Indian journal of veterinary science and animal husbandry - Volume 3,
Year: 1933
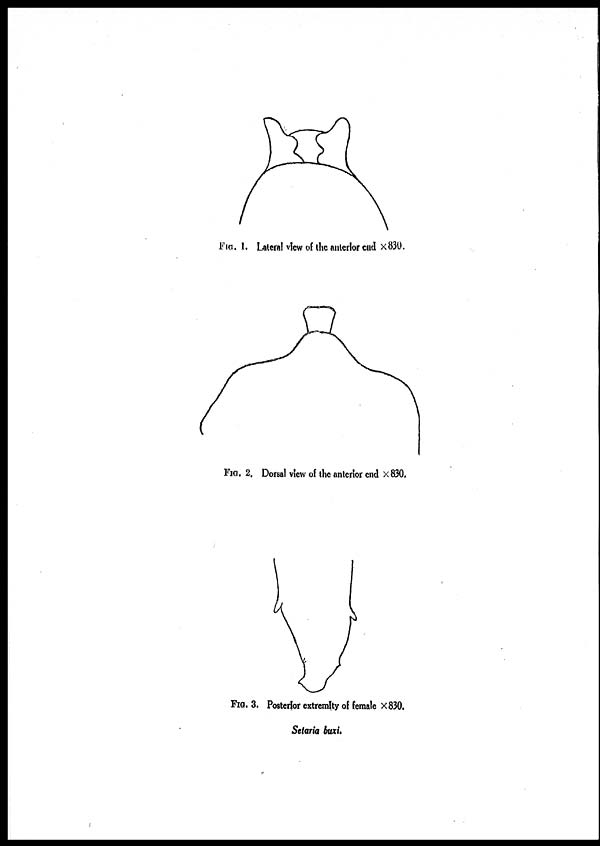
FIG. 1. Lateral view of the anterior end ×830.
FIG. 2. Dorsal view of the anterior end × 830.
FIG. 3. Posterior extremity of female × 830.
Setaria buxi.